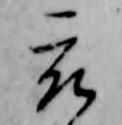
被